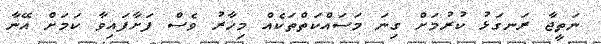
ނަތީޖާ ރަނގަޅު ކުރުމަށް ގިނަ މަސައްކަތްތަކެއް މިހާރު ވެސް ފަށާފައިވާ ކަމަށް އޭނާ